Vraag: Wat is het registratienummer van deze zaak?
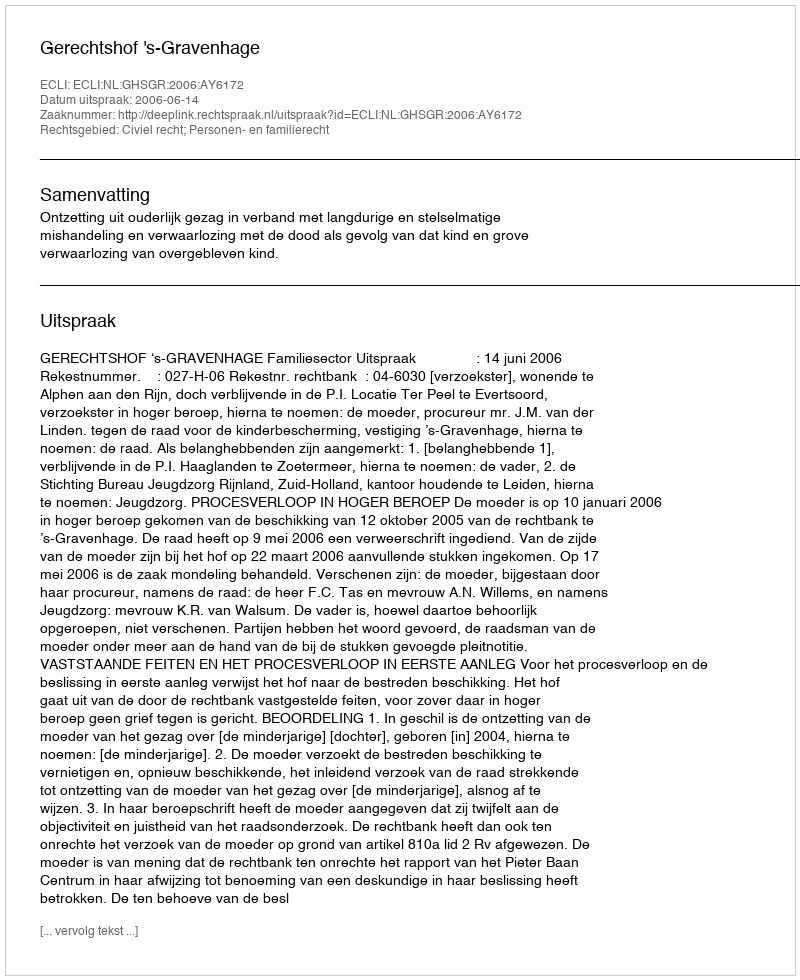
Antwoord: http://deeplink.rechtspraak.nl/uitspraak?id=ECLI:NL:GHSGR:2006:AY6172